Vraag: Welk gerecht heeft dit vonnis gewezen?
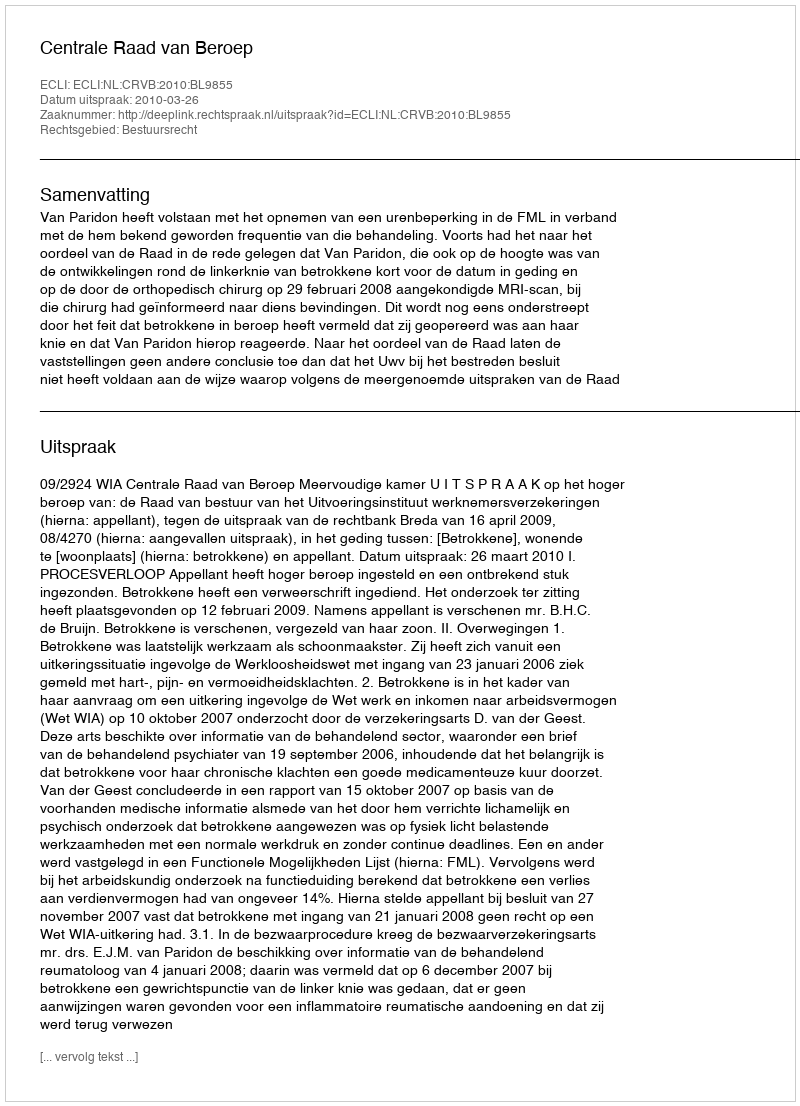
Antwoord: Centrale Raad van Beroep